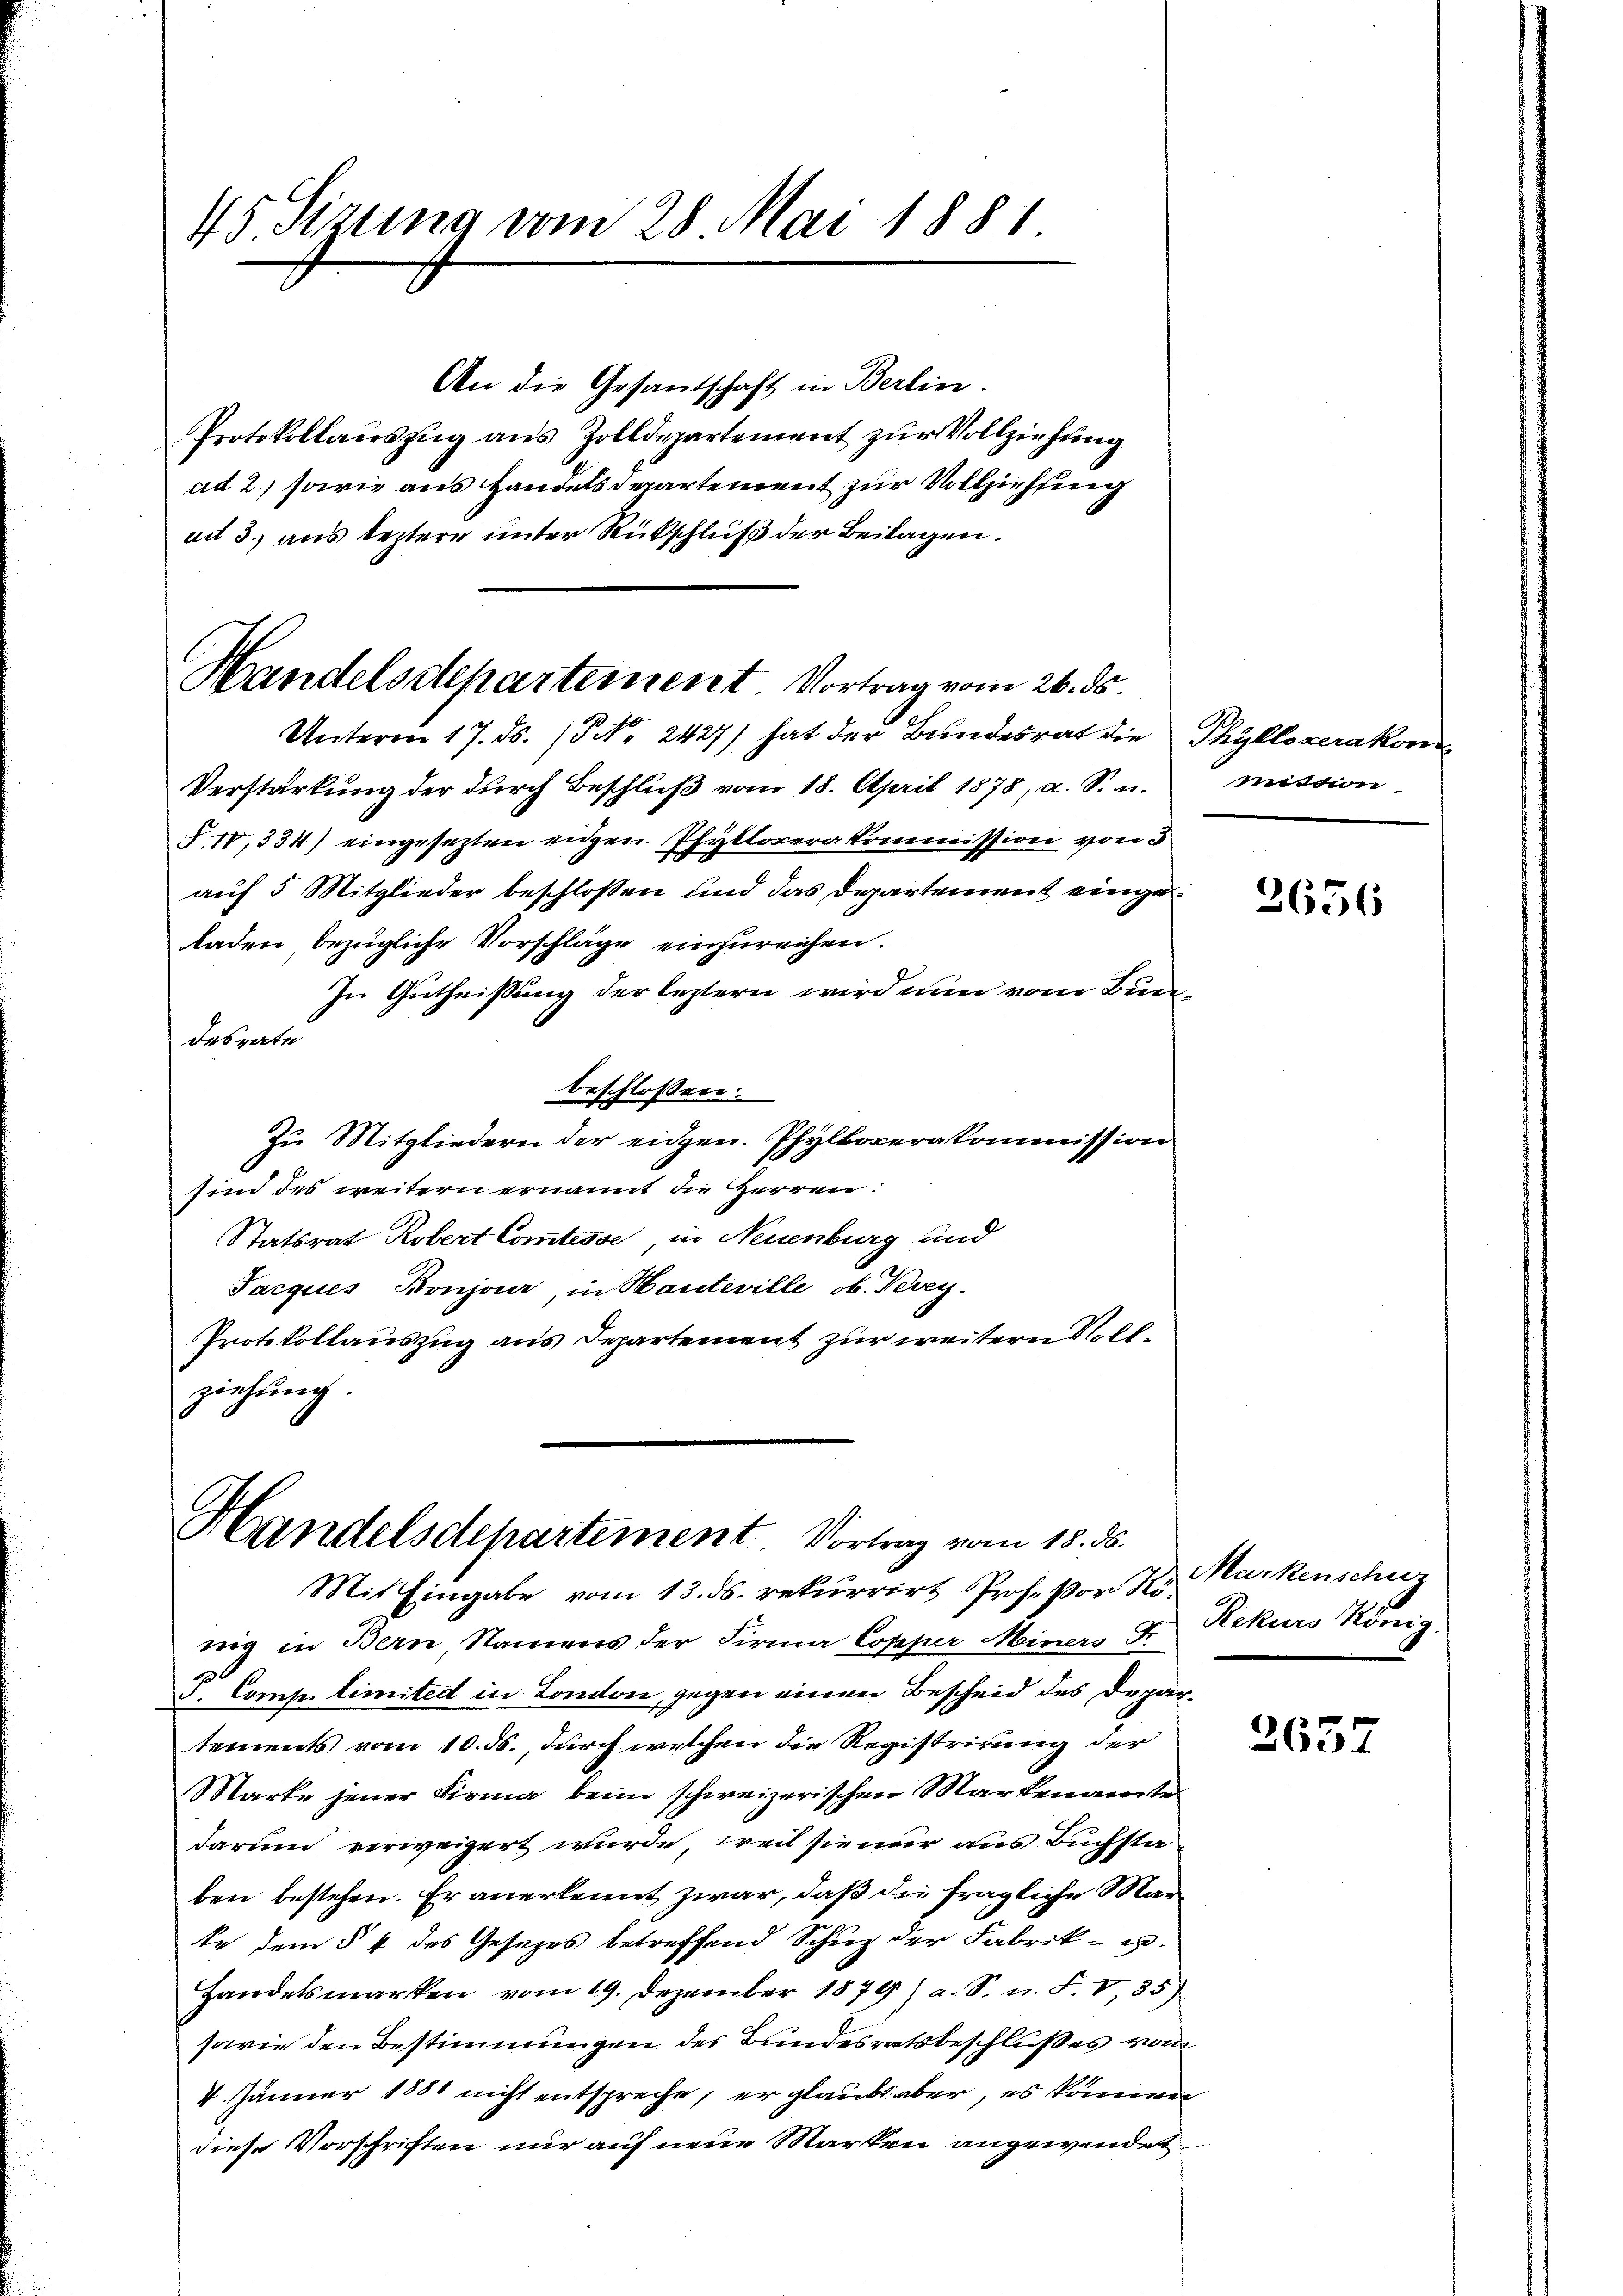
45 Sizung vom 28. Mai 1881.

An die Gesandschaft in Berlin.
Protokollauszug aus Zolldepartement zur Vollziehung
ad 2.) sowie aus Handelsdepartement zur Vollziehung
ad 3. aus leztere unter Rückschluß der Beilagen.

Handelsdechartement Vortrag vom 26. ds.

Unterm 17. ds. / No. 2427) hat der Bundesrat die Thyllozerakom
Verstärkung der durch Beschluß vom 18. April 1878, a. S. u.
§ 10,334) eingesezten eidgen. Pfyllorera Commission von 5
auf 5 Mitglieder beschlossen und das Departement eingeladen bezügliche Vorschläge einzureichen.
In Gutheißung der leztern wird nun vom Bundesrate
beschlossen:
Zu Mitgliedern der eidgen. Phylkoverakommission
sind des weitern ernannt die HHerren:
Statsrat Robert Comtesse, in Neuenburg und
Jacques Bonjaar, in Hanteville ob. Vevey.
Protokollauszug aus Departement zur weitern Vollziehung.

Handelsdepartement. Vortrag vom 18. ds.
Mit Eingabe vom 13. ds. rekurrirt Profeßor No¬

rig in Bern, Namens der Firma Copper Meiners Fr
S. Comp. limited in London, gegen einen Bescheid des Depar
tements vom 10. ds., durch welchen die Registrirung der
Marke jener Firma beim schweizerischen Markenamtes
darum verweigert wurde, weil sie nur aus Buchstaben bestehen. Er anerkennt zwar, daß die fragliche Marte dem § 4 des Gesezes betreffend Schuz der Fabrik- u.
Handelsmarken vom 19. Dezember 1879) a. S. u. F. V,35)
sowie den Bestimmungen des Bundesratsbeschlußes vom
V. Jänner 1881 nicht entspreche; er glaubt aber, es können
diese Vorschriften nur auf neue Marken angewendet

mission

2656

Markenschuz
Rekurs König.

2657